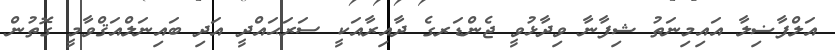
އަލްފާޟިލާ އައިމިނަތު ޝިފާނާ ވިދާޅުވީ ޖެންޑަރގެ ދާއިރާއަކީ ސަރަޙައްދީ އަދި ބައިނަލްއަޤްވާމީ ގޮތުން